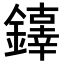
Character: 𨬕